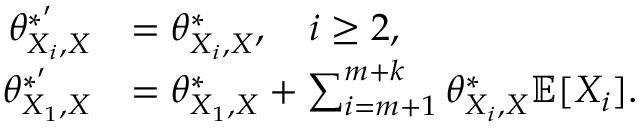
\begin{array} { r l } { \ \ \theta _ { X _ { i } , X } ^ { * ^ { \prime } } } & { = \theta _ { X _ { i } , X } ^ { * } , \ \ \ i \ge 2 , } \\ { \theta _ { X _ { 1 } , X } ^ { * ^ { \prime } } } & { = \theta _ { X _ { 1 } , X } ^ { * } + \sum _ { i = m + 1 } ^ { m + k } \theta _ { X _ { i } , X } ^ { * } \mathbb { E } [ X _ { i } ] . } \end{array}